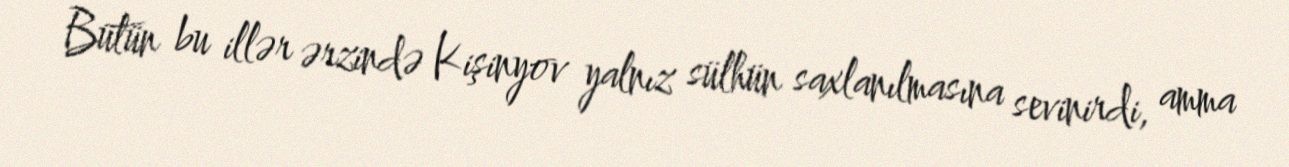
Bütün bu illər ərzində Kişinyov yalnız sülhün saxlanılmasına sevinirdi, amma